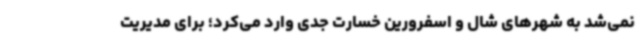
نمی‌شد به شهرهای شال و اسفرورین خسارت جدی وارد می‌کرد؛ برای مدیریت